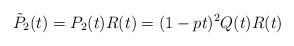
LaTeX: \begin{align*}\tilde P_2(t) = P_2(t)R(t) = (1-pt)^2Q(t)R(t)\end{align*}